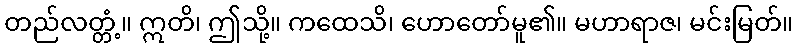
တည်လတ္တံ့။ ဣတိ၊ ဤသို့။ ကထေသိ၊ ဟောတော်မူ၏။ မဟာရာဇ၊ မင်းမြတ်။